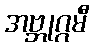
အဗ္ဘုဂ္ဂမီ